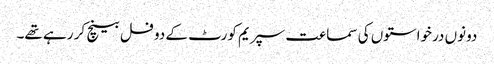
دونوں درخواستوں کی سماعت سپریم کورٹ کے دو فل بینچ کر رہے تھے۔